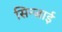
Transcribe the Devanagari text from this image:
सिन्जाई